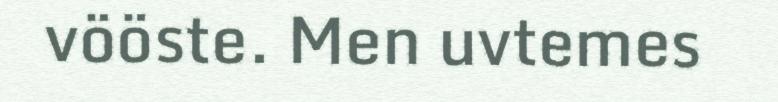
vööste. Men uvtemes